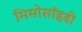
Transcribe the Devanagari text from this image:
मिमोसॉइडी